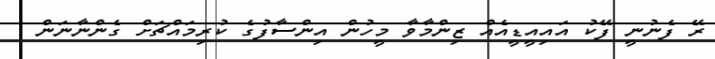
ރޭ ފެނުނީ ފޭކު އައިއީޑީއެއް ޒިންމާވާ މީހުން އިންސާފުގެ ކުރިމައްޗަށް ގެންނާނަން